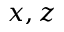
x , z